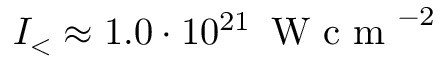
I _ { < } \approx 1 . 0 \cdot 1 0 ^ { 2 1 } \, \mathrm { ~ W ~ c ~ m ~ } ^ { - 2 }